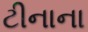
ટીનાના